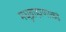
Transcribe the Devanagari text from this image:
मधुब्राह्मणाकडे